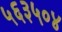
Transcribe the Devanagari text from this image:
५६३५०४